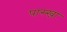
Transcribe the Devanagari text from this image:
पास्खा